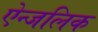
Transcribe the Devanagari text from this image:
ऐन्जलिक